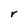
Character: r